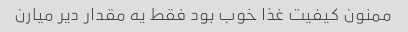
ممنون کیفیت غذا خوب بود فقط یه مقدار دیر میارن